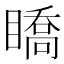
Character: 𥋊